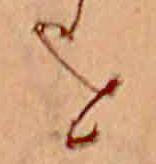
を